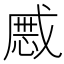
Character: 𢧯